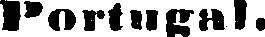
Portugal.